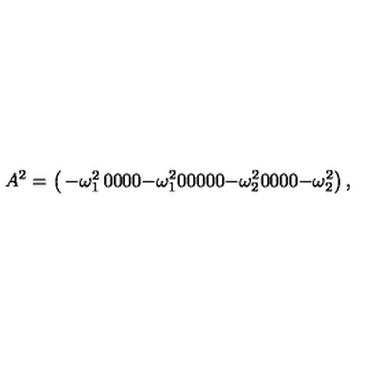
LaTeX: A ^ { 2 } = \left( \begin{matrix} { - \omega _ { 1 } ^ { 2 } } & { 0 } & { 0 } & { 0 } \\ { 0 } & { - \omega _ { 1 } ^ { 2 } } & { 0 } & { 0 } & { 0 } \\ { 0 } & { 0 } & { - \omega _ { 2 } ^ { 2 } } & { 0 } \\ { 0 } & { 0 } & { 0 } & { - \omega _ { 2 } ^ { 2 } } \\ \end{matrix} \right) ,